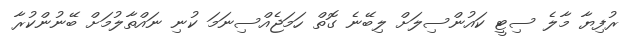
ރުފިޔާ މާލެ ސިޓީ ކައުންސިލަށް ލިބޭނެ ގޮތް ހަމަޖެއްސިނަމަ ކުނި ނައްތާލުމަށް ބޭނުންކުރާ